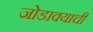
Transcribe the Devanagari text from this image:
जोडावयाची